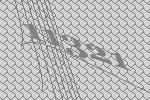
11321